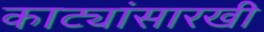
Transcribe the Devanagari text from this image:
काट्यांसारखी